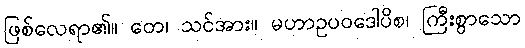
ဖြစ်လေရာ၏။ တေ၊ သင်အား။ မဟာဥပဝဒေါပိစ၊ ကြီးစွာသော